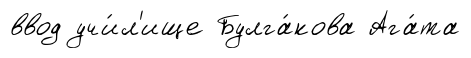
ввод учи́л'ище Булга́кова Ага́та